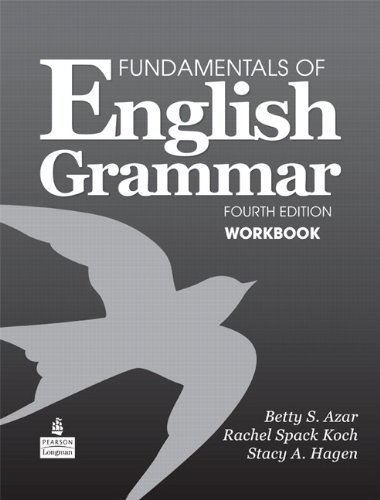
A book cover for Fundamentals of English Grammar Workbook, 4th Edition; Betty S. Azar; Reference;